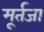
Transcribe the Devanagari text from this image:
मूर्तजा